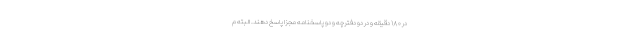
در ۱۸۰ دقیقه و در دو دفترچه و دو پاسخنامه مجزا پاسخ دهند. البته م